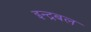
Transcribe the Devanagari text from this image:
इन्द्रबल